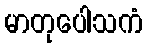
မာတုပေါသကံ